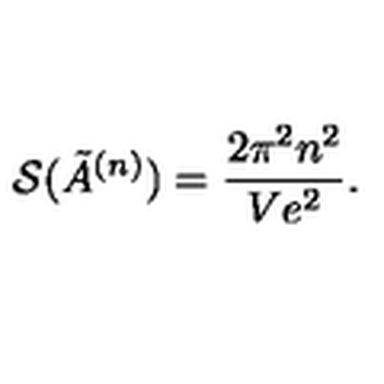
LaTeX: { \cal S } ( \tilde { A } ^ { ( n ) } ) = \frac { 2 \pi ^ { 2 } n ^ { 2 } } { V e ^ { 2 } } .